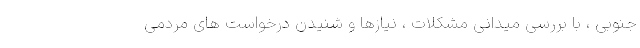
جنوبی ، با بررسی میدانی مشکلات ، نیازها و شنیدن درخواست های مردمی